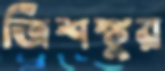
ত্রিশঙ্কুর